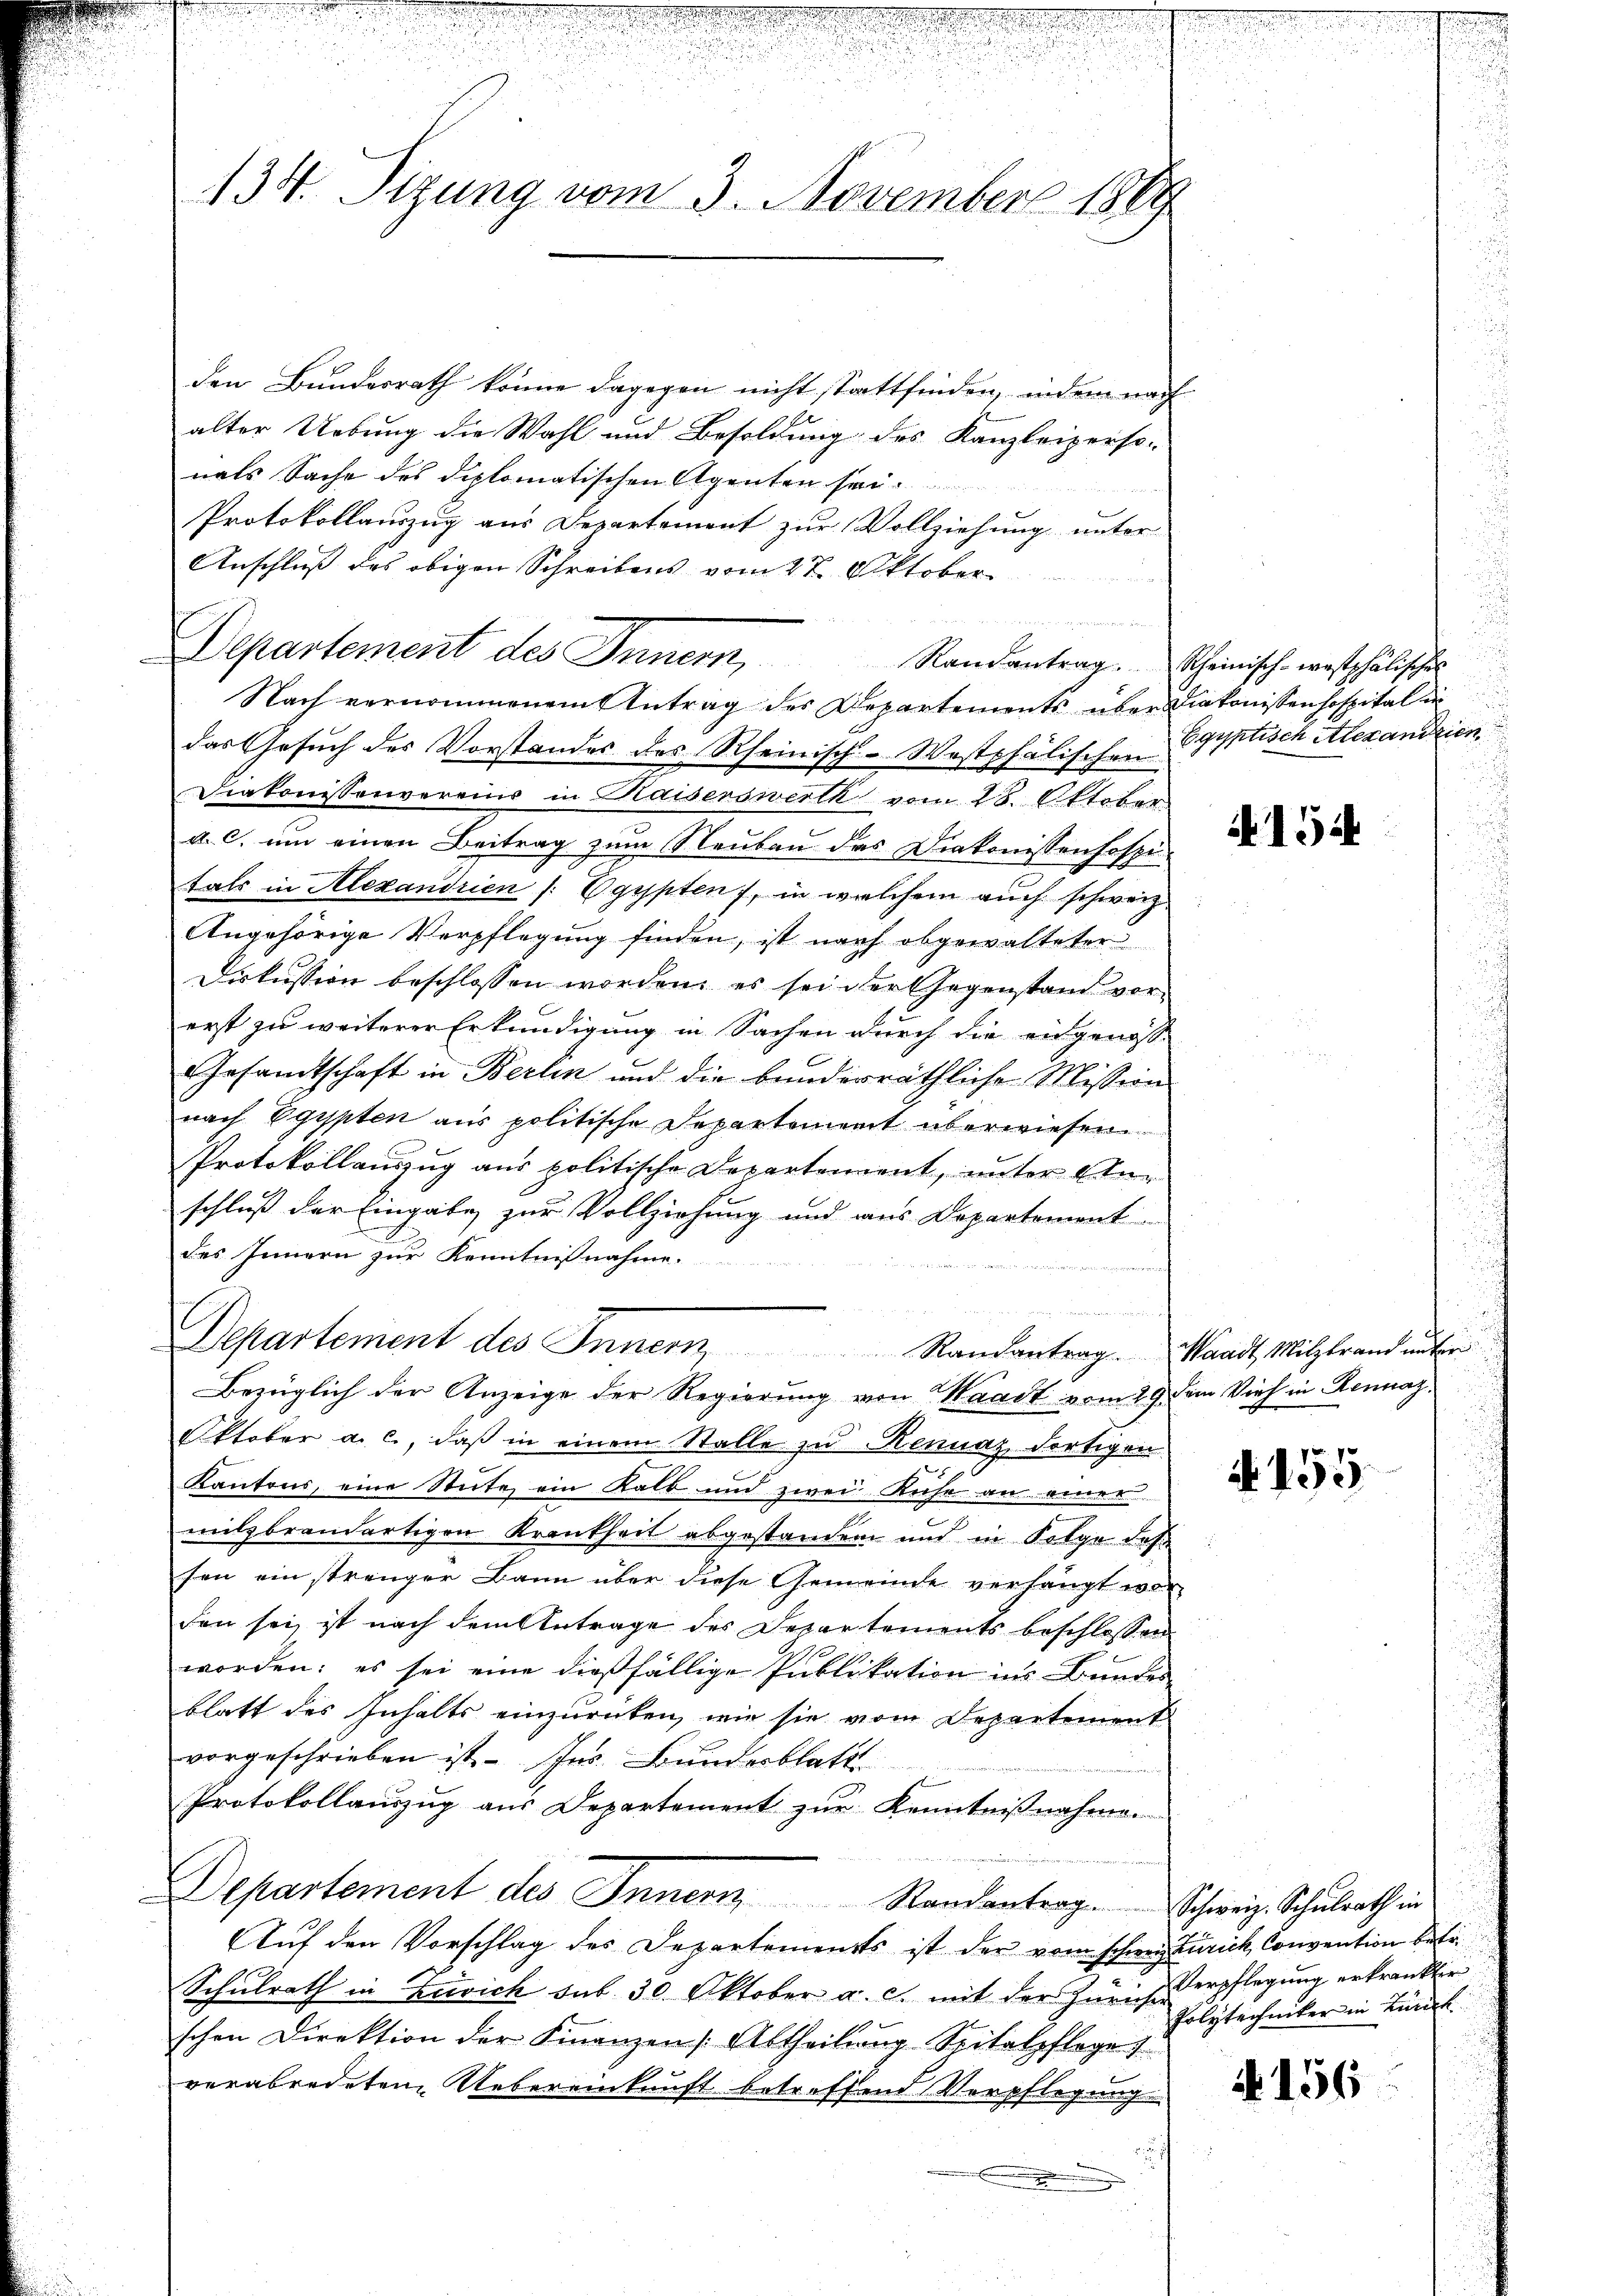
134. Sizung vom 3. November 1869

den Bundesrath könne dagegen nicht stattfinden, indem nach
alter Uebung die Wahl und Besoldung des Kanzleiperso-
nals Sache des diplomatischen Agenten sei
241
Protokollauszug aus Departement zur Vollziehung unter
Anschluß des obigen Schreibens vom 27. Oktober.
Departement des Inner,
das Gesuch des Vorstandes des Rheinisch-Westphälischen Egyptisch Alexandrien
Diakonissenvereins in Kaiserswerth vom 28. Oktober
a. c. um einen Beitrag zum Neubau das Diakonissenhospi
tals in Alexandrien /: Egypten, in welchem auch schweiz.
Angehörige Verpflegung finden, ist nach abgewalteter
Diskussion beschlossen worden, es sei der Gegenstand vorerst zu weiterer Erkundigung in Sachen durch die engenos-
Gesandtschaft in Berlin und die bunderräthliche Mission
nach Egypten aus politische Departement überwiesen.
Protokollauszug aus politische Departement, unter Anschluß der Eingabe zur Vollziehung und aus Departement
des Innern zur Kenntnißnahme.

Departement des Innern Randantrag. Waadt, Milzbrand unter
Bezüglich der Anzeige der Regierung von Waadt vom 29 dem Vieh in Rennaz¬
Oktober a. c., daß in einem Stalle zu Rennaz dortigen
Kantons, eine Stute, ein Kalb und zwei Keise an einer
milzbrandartigen Krankheit abgestanden und in Folge des
sen ein strenger Bann über diese Gemeinde verhängt worden sei, ist nach dem Antrage des Departements beschlossen
worden; es sei eine dießfällige Publikation ins Bundes
blatt des Inhalts einzurücken, wie sie vom Departement
vorgeschrieben ist. Ins Bundesblatt
Protokollauszug aus Departement zur Kenntnißnahme.
Departement des Innern Randantrag. Schweiz. Schulrath in
Auf den Vorschlag des Departements ist der vom schweiz zurich Convention betr
Schulrath in Zusich sub 30 Oktober a. c. mit der Zürichterpflegung erkränkter
schen Direktion der Finanzen (Abtheilung Spitalpflege
verabredetem Uebereinkunft betreffend Verpflegung
.

Nach vernommenem Antrag des Departements über Diakonisten hospital in

n
Randantrag. Scheinisch-westphälisches

415.

N. 155.

Polytechniker in Lunck

4156